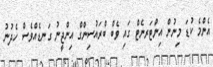
އެންމެ ކުޑަ މިނުން އިންޓަރނެޓް ގައި ވެބް ބްރައުސިންގް އިންޖީނު ގަނޑެއްވެސް ހެދުނު